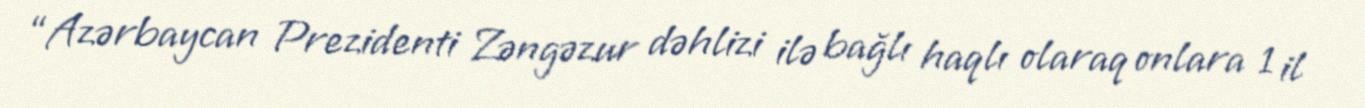
“Azərbaycan Prezidenti Zəngəzur dəhlizi ilə bağlı haqlı olaraq onlara 1 il